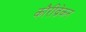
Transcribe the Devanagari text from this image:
कौरीव्रेकन